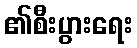
၏စီးပွားရေး